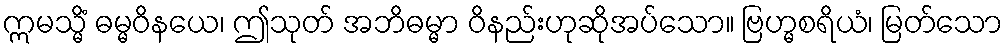
ဣမသ္မိံ ဓမ္မဝိနယေ၊ ဤသုတ် အဘိဓမ္မာ ဝိနည်းဟုဆိုအပ်သော။ ဗြဟ္မစရိယံ၊ မြတ်သော